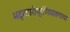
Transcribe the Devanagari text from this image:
भद्रचारीप्रणिघातगाथा